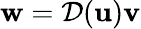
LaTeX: {\mathbf w}={\mathcal{D}}({\mathbf u}){\mathbf v}